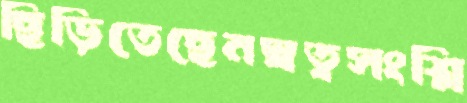
ছিঁড়িতেছেনস্বত্বসংশ্লি